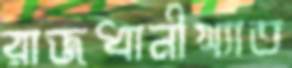
রাজধানীখ্যাত